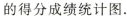
的得分成绩统计图.